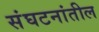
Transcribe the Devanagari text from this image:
संघटनांतील